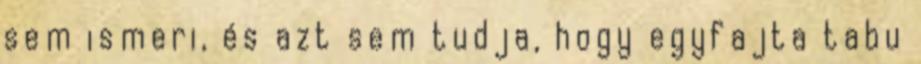
sem ismeri, és azt sem tudja, hogy egyfajta tabu